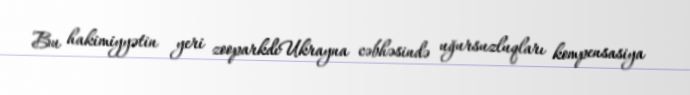
Bu hakimiyyətin yeri zooparkdıUkrayna cəbhəsində uğursuzluqları kompensasiya